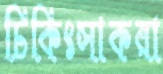
চিকিৎসাকরা